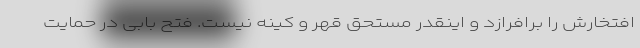
افتخارش را برافرازد و اینقدر مستحق قهر و کینه نیست. فتح بابی در حمایت